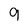
Character: 9